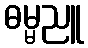
ဓမ္မညူ